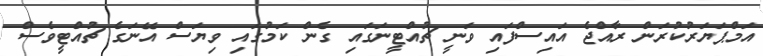
އަމްޕަޔަރުކުރަން ރާއްޖެ އައިސްފައި ވަނީ ޗުއްޓީނަގައި ގެން ކަމުގައި ވިޔަސް އޭނަގެ ޗުއްޓީވެސް